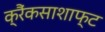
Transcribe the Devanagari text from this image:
क्रैंकसाशाफ्ट